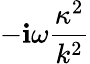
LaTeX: -\mathbf{i}\omega\frac{{\kappa^{2}}}{{k^{2}}}